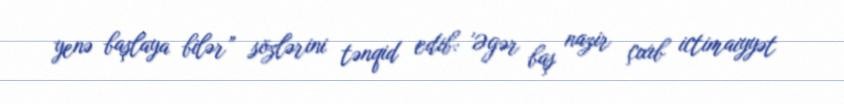
yenə başlaya bilər” sözlərini tənqid edib: 'Əgər baş nazir çıxıb ictimaiyyət